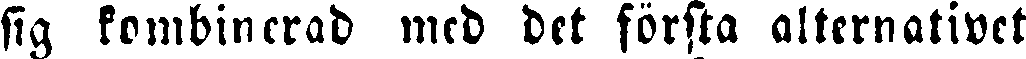
sig kombinerad med det första alternativet